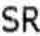
SR